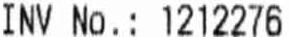
INV NO.: 1212276